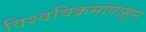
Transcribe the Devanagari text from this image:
विश्वविक्रमांपासून